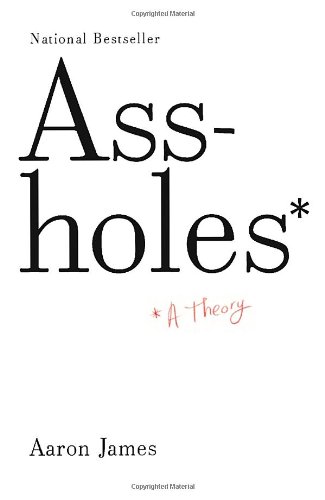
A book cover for Assholes: A Theory; Aaron James; Humor & Entertainment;